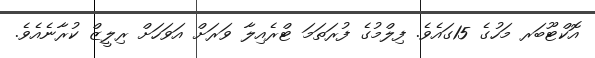
އޮކްޓޫބަރ މަހުގެ 15ގައެވެ. ފިލްމުގެ ފުރަތަމަ ޓްރެއިލާ ވަރަށް އަވަހަށް ރިލީޒް ކުރާނެއެވެ.